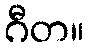
ဂီတ။